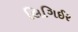
લિગિઈર